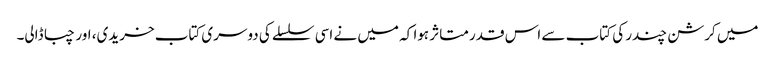
میں کرشن چندر کی کتاب سے اس قدر متاثر ہوا کہ میں نے اسی سلسلے کی دوسری کتاب خریدی، اور چبا ڈالی۔